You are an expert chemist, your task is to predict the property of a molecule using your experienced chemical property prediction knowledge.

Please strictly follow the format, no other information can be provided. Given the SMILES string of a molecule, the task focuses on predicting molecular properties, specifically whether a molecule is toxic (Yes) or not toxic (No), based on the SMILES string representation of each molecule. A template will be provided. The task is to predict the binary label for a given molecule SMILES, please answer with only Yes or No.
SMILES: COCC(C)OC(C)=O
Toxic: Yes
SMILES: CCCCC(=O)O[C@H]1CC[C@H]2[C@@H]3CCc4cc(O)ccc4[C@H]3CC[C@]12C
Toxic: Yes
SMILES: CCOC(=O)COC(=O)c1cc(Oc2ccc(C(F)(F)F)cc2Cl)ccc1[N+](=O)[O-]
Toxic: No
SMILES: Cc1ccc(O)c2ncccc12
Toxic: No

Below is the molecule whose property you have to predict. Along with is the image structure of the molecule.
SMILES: Cc1ccccc1-n1c(C)nc2ccccc2c1=O
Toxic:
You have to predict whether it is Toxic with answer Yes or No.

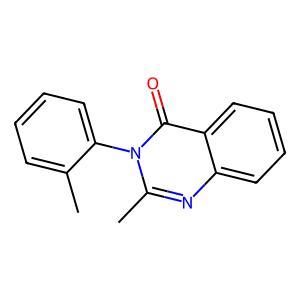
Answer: No